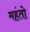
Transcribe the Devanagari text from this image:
महंतो